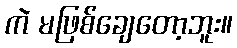
ကဲ မဖြစ်ချေတော့ဘူး။